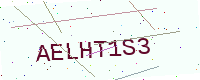
Text: AELHT1S3